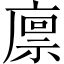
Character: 𢊬